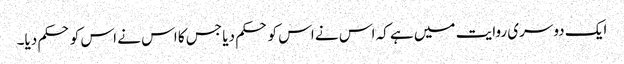
ایک دوسری روایت میں ہے کہ اس نے اس کو حکم دیا جس کا اس نے اس کو حکم دیا۔